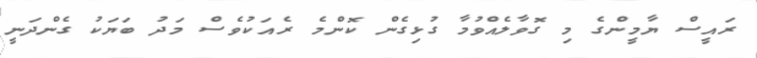
ރައީސް ޔާމީންގެ މި ގޮވާލެއްވުމާ ގުޅިގެން ކޮންމެ ރެއަކުވެސް މަދު ބަޔަކު ގެންދަނީ